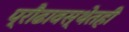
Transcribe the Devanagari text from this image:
प्रौढावस्थेतही